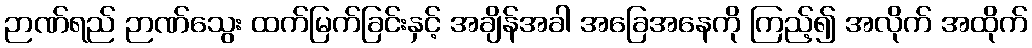
ဉာဏ်ရည် ဉာဏ်သွေး ထက်မြက်ခြင်းနှင့် အချိန်အခါ အခြေအနေကို ကြည့်၍ အလိုက် အထိုက်